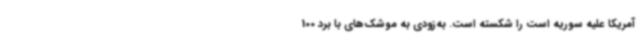
آمریکا علیه سوریه است را شکسته است. به‌زودی به موشک‌های با برد 100